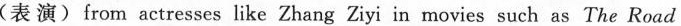
(表演)from actresses like Zhang Ziyi in movies such as The Road